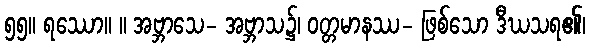
၅၅။ ရဿော။ ။ အဗ္ဘာသေ- အဗ္ဘာသ၌၊ ဝတ္တမာနဿ- ဖြစ်သော ဒီဃသရ၏၊